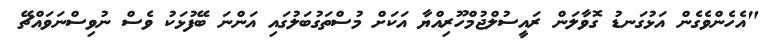
"އެހެންވެގެން އަޅުގަނޑު ގޮވާލަން ރައީސުލްޖުމްހޫރިއްޔާ އަކަށް މުސްތަގުބަލުގައި އަންނަ ބޭފުޅަކު ވެސް ނުވިސްނަވައްޗޭ